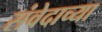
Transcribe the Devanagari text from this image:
संवेदाच्या